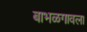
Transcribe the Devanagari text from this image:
बाभळगावला